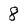
Character: 8